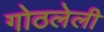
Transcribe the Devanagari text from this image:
गोठलेली